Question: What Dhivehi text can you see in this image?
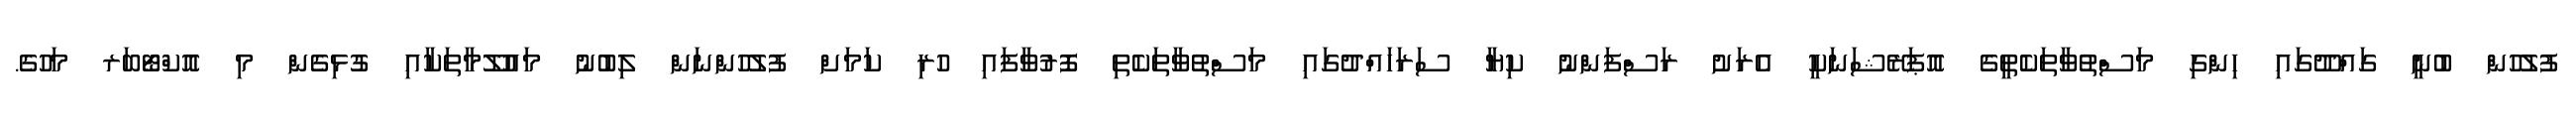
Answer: ފުލުހުން ބުނީ ގައްދޫގައި ހިންގި މަސްތުވާތަކެތީގެ އޮޕަރޭޝަނަކީ އެރަށު ރަސްފަންނު ކިޔާ ސަރަހައްދުގައި މަސްތުވާތަކެތި ފޮރުވާފައި ހުރި ކަމަށް ފުލުހުންނަން ލިބުނު މައުލޫމާތަކާއި ގުޅިގެން މި އޮކްޓޯބަރ މަހުގެ.